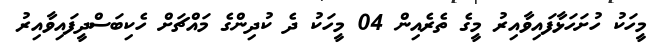
މީހަކު ހުށަހަޅާފައިވާއިރު މީގެ ތެރެއިން 04 މީހަކު ދެ ކުދިންގެ މައްޗަށް ހެކިބަސްދީފައިވާއިރު